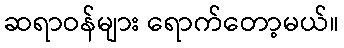
ဆရာဝန်များ ရောက်တော့မယ်။